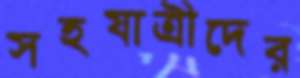
সহযাত্রীদের